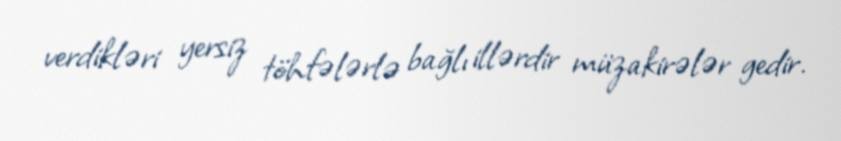
verdikləri yersiz töhfələrlə bağlı illərdir müzakirələr gedir.